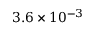
3 . 6 \times 1 0 ^ { - 3 }